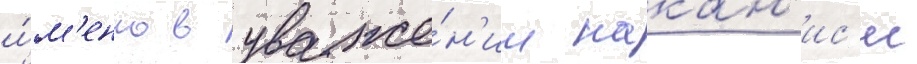
и́м'енно в уваже́н'ии накан'ис'и